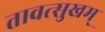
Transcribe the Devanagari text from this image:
तावत्सुखम्